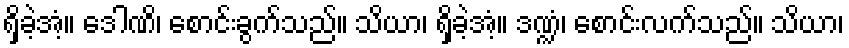
ရှိခဲ့အံ့။ ဒေါဏိ၊ စောင်းခွက်သည်။ သိယာ၊ ရှိခဲ့အံ့။ ဒဏ္ဍံ၊ စောင်းလက်သည်။ သိယာ၊